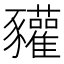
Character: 䝔